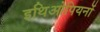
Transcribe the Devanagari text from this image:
इथिओपियनों